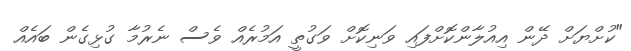
"ކުށްޔަށް ދޭން އިއުލާންކޮށްފައި ވަނިކޮށް ވަގުތީ އަމުރެއް ވެސް ނެރުމާ ގުޅިގެން ބައެއް